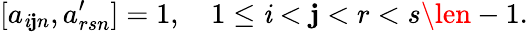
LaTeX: [a_{\mathit{i}\mathbf{j}n},a_{rsn}^{\prime}]=1,\quad1\le\mathit{i}<\mathbf{j}<r<s\len-1.